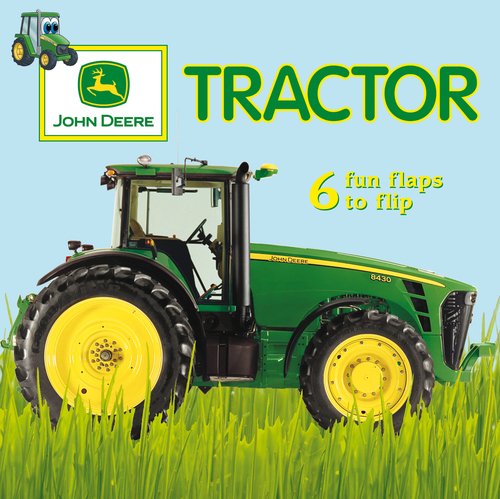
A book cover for John Deere: Fun Flaps: Tractor (John Deere (DK Hardcover)); DK Publishing; Children's Books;